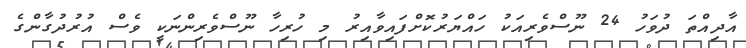
އާދިއްތަ ދުވަހު 24 ނޫސްވެރިއަކު ހައްޔަރުކޮށްފައިވާއިރު މި ހުރިހާ ނޫސްވެރިންނަކީ ވެސް އުރުދުގާންގެ